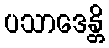
ပသာဒေန္တိ